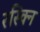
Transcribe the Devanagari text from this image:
रस्क्नि